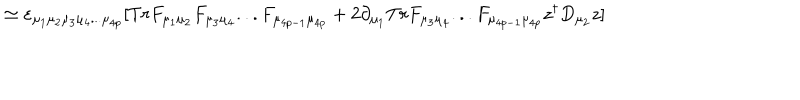
LaTeX: \simeq \varepsilon _ { \mu _ { 1 } \mu _ { 2 } \mu _ { 3 } \mu _ { 4 } . . . \mu _ { 4 p } } [ T r F _ { \mu _ { 1 } \mu _ { 2 } } F _ { \mu _ { 3 } \mu _ { 4 } } . . . F _ { \mu _ { 4 p - 1 } \mu _ { 4 p } } + 2 \partial _ { \mu _ { 1 } } T r F _ { \mu _ { 3 } \mu _ { 4 } } . . . F _ { \mu _ { 4 p - 1 } \mu _ { 4 p } } z ^ { \dagger } D _ { \mu _ { 2 } } z ]